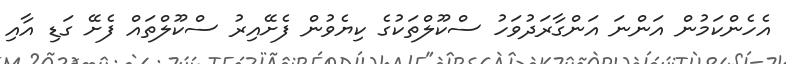
އެހެންކަމުން އަންނަ އަންގާރަދުވަހު ސްކޫލްތަކުގެ ކިޔެވުން ފެށޭއިރު ސްކޫލްތައް ފެށޭ ގަޑި އާއި